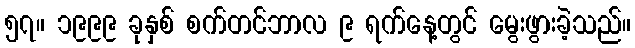
၅၇။ ၁၉၉၉ ခုနှစ် စက်တင်ဘာလ ၉ ရက်နေ့တွင် မွေးဖွားခဲ့သည်။